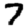
Digit: 7